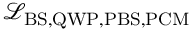
\mathcal { L } _ { \mathrm { B S , Q W P , P B S , P C M } }